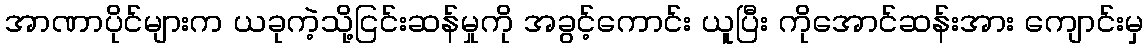
အာဏာပိုင်များက ယခုကဲ့သို့ငြင်းဆန်မှုကို အခွင့်ကောင်း ယူပြီး ကိုအောင်ဆန်းအား ကျောင်းမှ